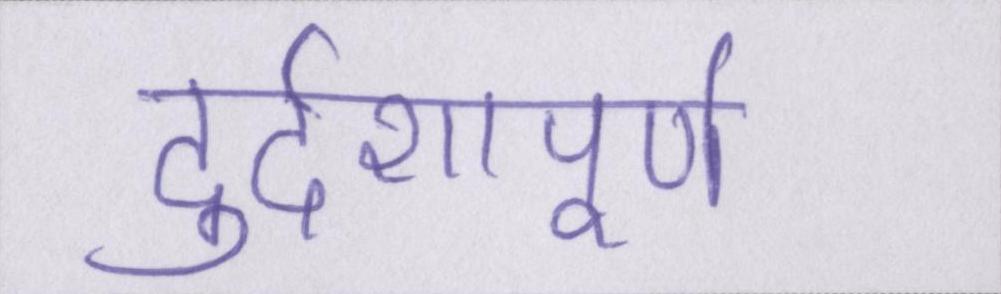
दुर्दशापूर्ण